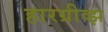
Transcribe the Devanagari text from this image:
हारग्रीव्झ